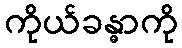
ကိုယ်ခန္ဓာကို